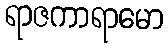
ရာဇကာရာမော